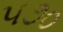
૫૭૦